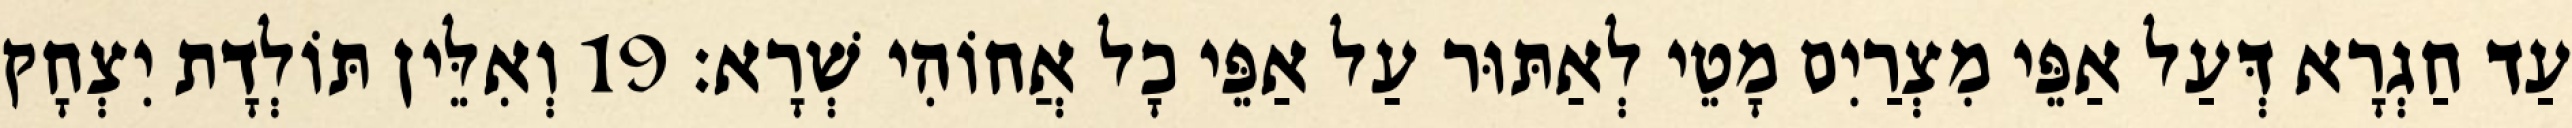
עַד חַגְרָא דְּעַל אַפֵּי מִצְרַיִם מָטֵי לְאַתּוּר עַל אַפֵּי כָל אֲחוֹהִי שְׁרָא׃ 19 וְאִלֵּין תּוֹלְדָת יִצְחָק